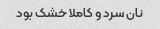
نان سرد و کاملا خشک بود